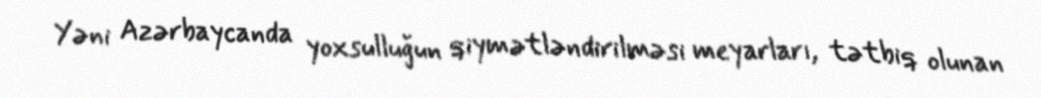
Yəni Azərbaycanda yoxsulluğun qiymətləndirilməsi meyarları, tətbiq olunan